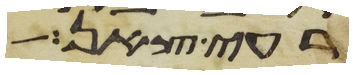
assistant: רעי צאן